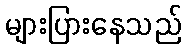
များပြားနေသည်